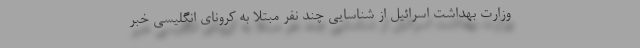
وزارت بهداشت اسرائیل از شناسایی چند نفر مبتلا به کرونای انگلیسی خبر